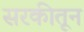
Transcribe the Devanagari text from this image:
सरकीतून